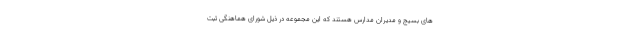
های بسیج و مدیران مدارس هستند که این مجموعه در ذیل شورای هماهنگی ثبت